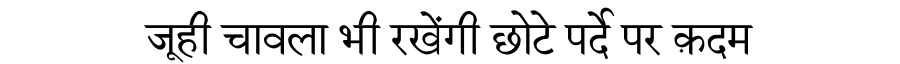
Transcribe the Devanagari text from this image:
जूही चावला भी रखेंगी छोटे पर्दे पर क़दम